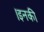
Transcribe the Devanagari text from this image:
।इनकी